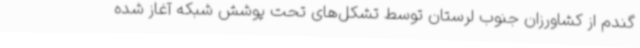
گندم از کشاورزان جنوب لرستان توسط تشکل‌های تحت پوشش شبکه آغاز شده